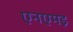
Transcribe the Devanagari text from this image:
एनएमइ